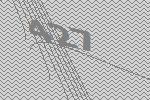
427